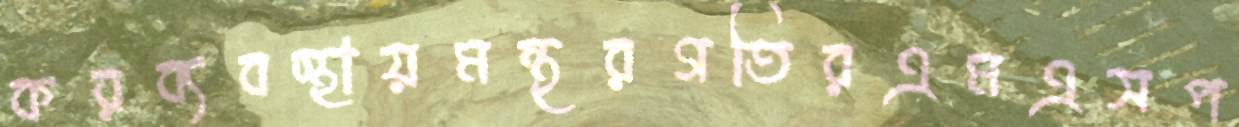
করব্যবস্থায়মন্থরগতিরএমএসপ